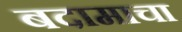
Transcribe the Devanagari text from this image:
बदामाचा